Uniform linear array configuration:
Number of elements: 12
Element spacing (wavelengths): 0.25
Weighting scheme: cosine
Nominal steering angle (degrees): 30
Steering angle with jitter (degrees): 28.316
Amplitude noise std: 0.05
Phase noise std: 0.05

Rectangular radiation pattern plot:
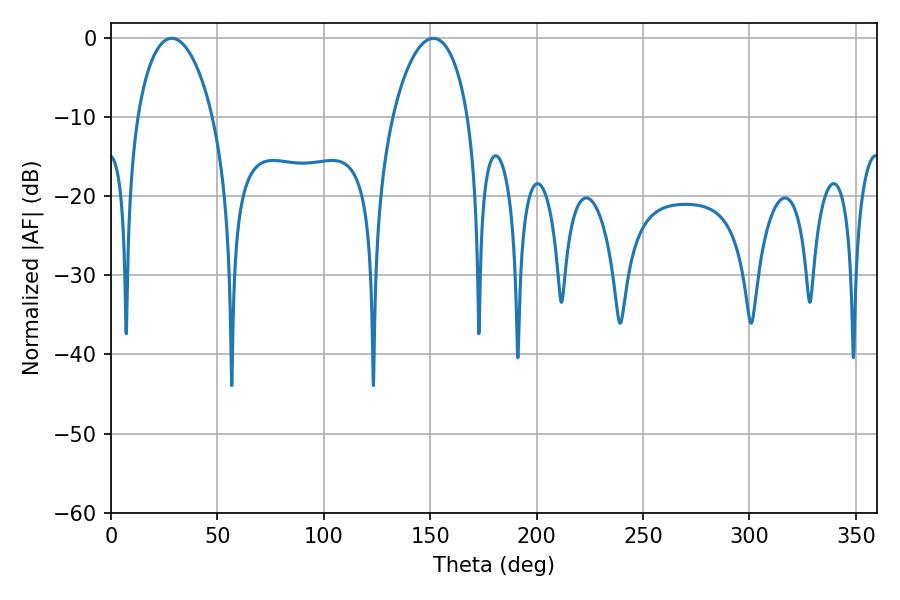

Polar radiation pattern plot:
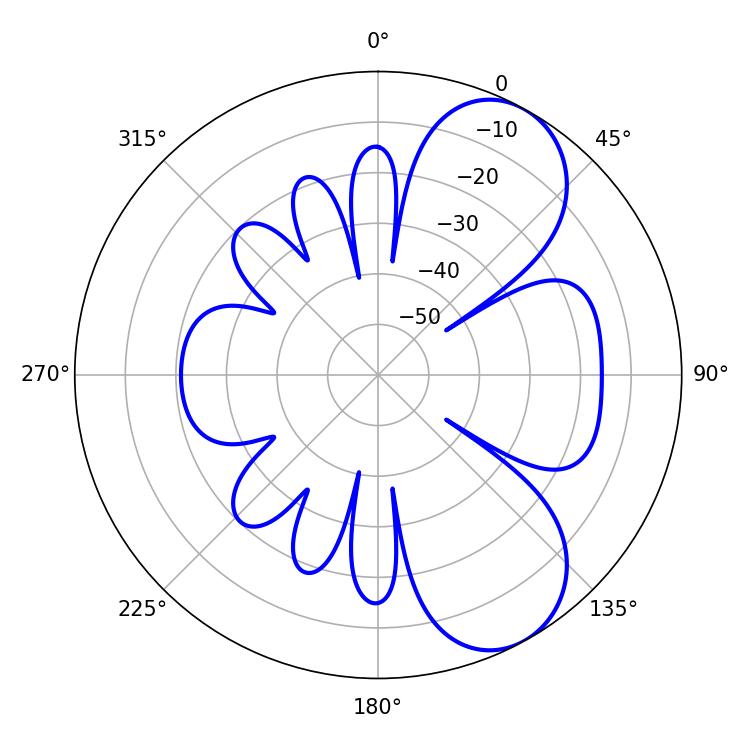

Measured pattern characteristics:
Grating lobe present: FALSE
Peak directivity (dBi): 7.312
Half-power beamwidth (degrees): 20.34
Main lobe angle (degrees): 28.62